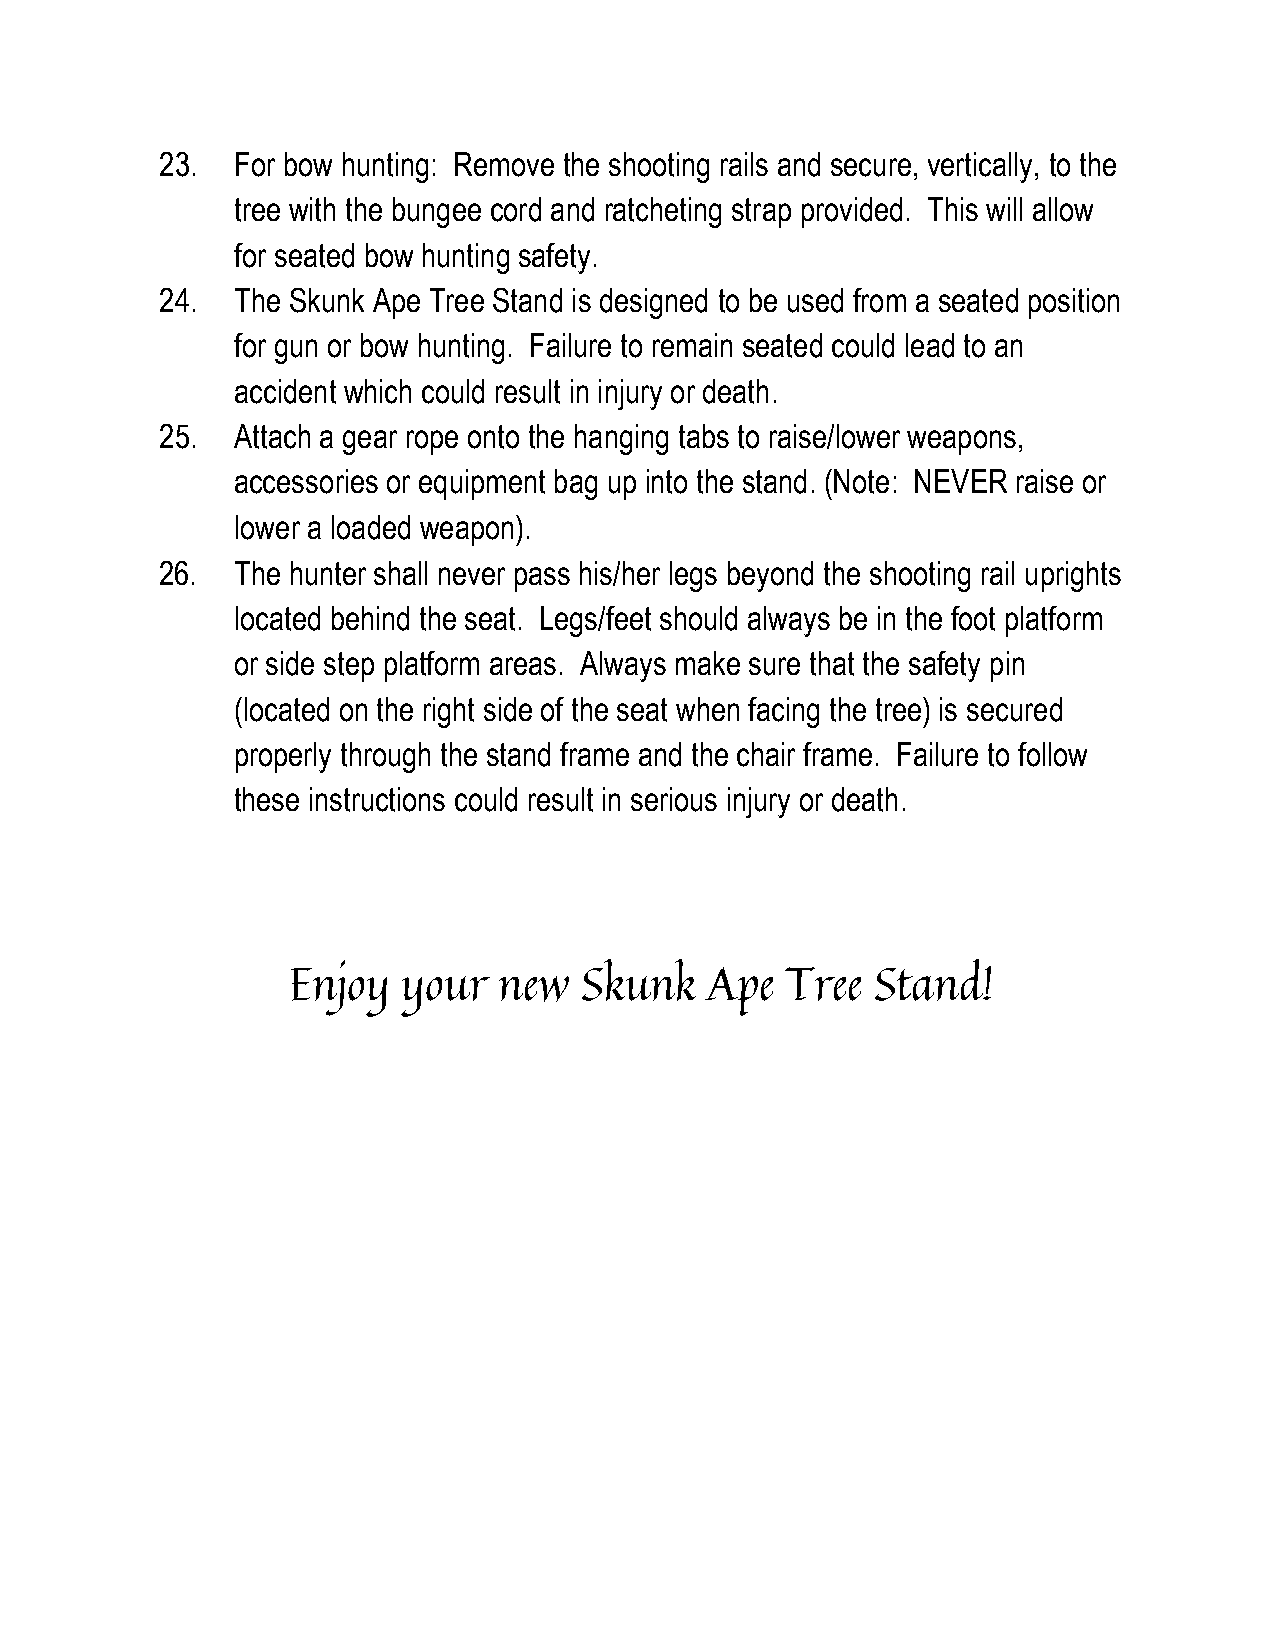
23.  For bow hunting: Remove the shooting rails and secure, vertically, to the
 ​ ​ ​ ​    ​ ​​ ​  ​ ​ ​ ​   ​ ​ ​ ​ ​ ​   ​ ​     ​ ​ ​ ​
 tree with the bungee cord and ratcheting strap provided. This will allow
 ​ ​ ​ ​ ​ ​  ​ ​ ​ ​ ​ ​     ​ ​ ​ ​     ​ ​​ ​ ​ ​ ​ ​
 for seated bow hunting safety.
 ​ ​   ​ ​ ​ ​   ​ ​
 24.  The Skunk Ape Tree Stand is designed to be used from a seated position
 ​ ​  ​ ​ ​ ​ ​ ​  ​ ​ ​ ​   ​ ​ ​ ​ ​ ​ ​ ​ ​ ​ ​ ​ ​ ​
 for gun or bow hunting. Failure to remain seated could lead to an
 ​ ​ ​ ​ ​ ​ ​ ​ ​ ​​ ​ ​ ​ ​ ​ ​ ​   ​ ​ ​ ​ ​ ​ ​ ​
 accident which could result in injury or death.
 ​ ​  ​ ​  ​ ​  ​ ​ ​ ​ ​ ​ ​ ​
 25.  Attach a gear rope onto the hanging tabs to raise/lower weapons,
 ​ ​ ​ ​ ​ ​ ​ ​ ​ ​ ​ ​ ​ ​ ​ ​ ​ ​    ​ ​
 accessories or equipment bag up into the stand. (Note: NEVER raise or
 ​ ​ ​ ​    ​ ​ ​ ​ ​ ​ ​ ​ ​ ​ ​ ​ ​ ​​ ​ ​ ​ ​ ​
 lower a loaded weapon).
 ​ ​ ​ ​ ​ ​
 26.  The hunter shall never pass his/her legs beyond the shooting rail uprights
 located behind the seat. Legs/feet should always be in the foot platform
 or side step platform areas. Always make sure that the safety pin
 (located on the right side of the seat when facing the tree) is secured
 properly through the stand frame and the chair frame. Failure to follow
 these instructions could result in serious injury or death.
 Enjoy   your  new  Skunk    Ape  Tree  Stand!
 ​ ​   ​ ​   ​ ​     ​ ​  ​ ​   ​ ​